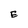
Character: E